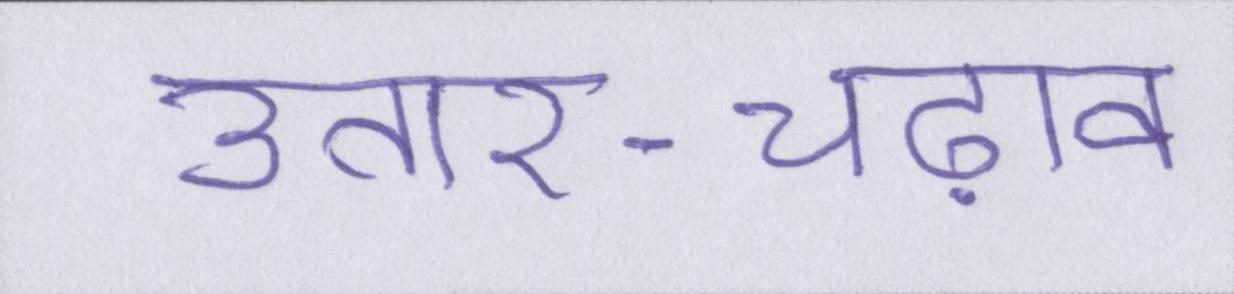
उतार-चढ़ाव